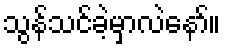
သွန်သင်ခဲ့မှာလဲနော်။